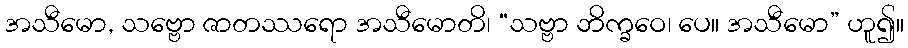
အသီမော, သဗ္ဗော ဇာတဿရော အသီမောတိ၊ “သဗ္ဗာ ဘိက္ခဝေ၊ ပေ။ အသီမော” ဟူ၍။